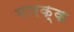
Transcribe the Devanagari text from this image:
मारक्क